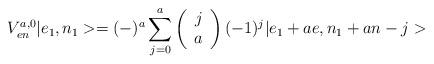
LaTeX: \begin{align*}V_{en}^{a,0}|e_{1},n_{1}>=(-)^{a}\sum_{j=0}^{a}\left(\begin{array}{cc}j\\a\end{array}\right)(-1)^{j}|e_{1}+ae,n_{1}+an-j>\end{align*}